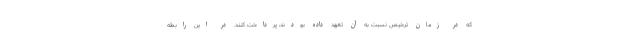
که در زمان ترخیص نسبت به آن تعهد داده بودند، پرداخت کنند. در این رابطه